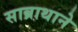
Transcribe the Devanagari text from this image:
साब्राथाने